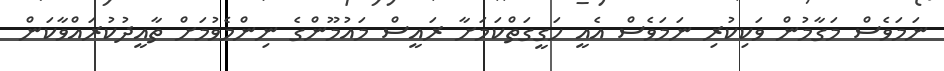
ނަމަވެސް މަގާމުން ވަކިކުރި ނަމަވެސް އެއީ ހަގީގަތްކަމަށާ ރައީސް މައުމޫންގެ ނިންމެވުމަށް ތާއީދުކުރައްވާކަން